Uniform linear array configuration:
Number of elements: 8
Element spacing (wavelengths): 0.5
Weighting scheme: exponential
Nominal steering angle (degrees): -30
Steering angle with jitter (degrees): -31.556
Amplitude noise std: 0.05
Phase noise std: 0.05

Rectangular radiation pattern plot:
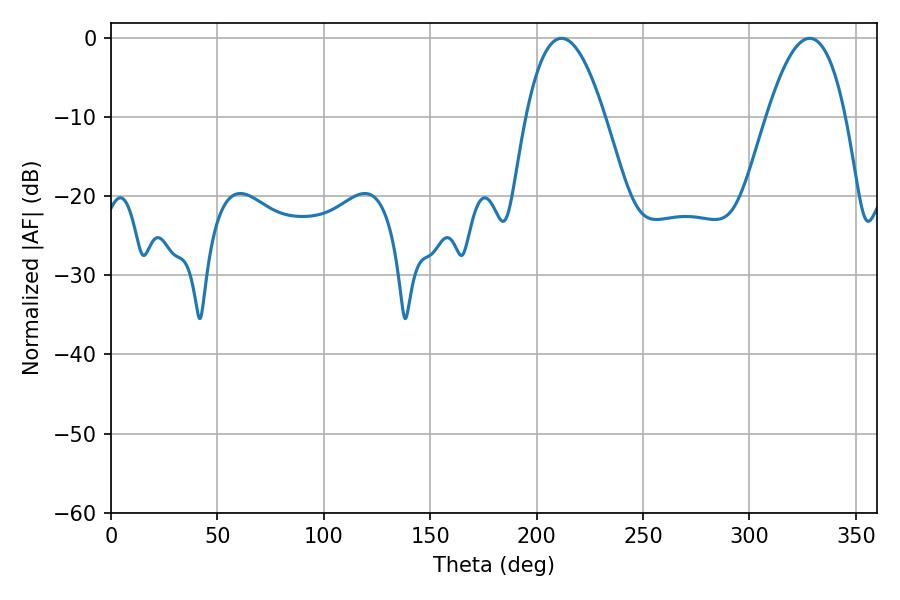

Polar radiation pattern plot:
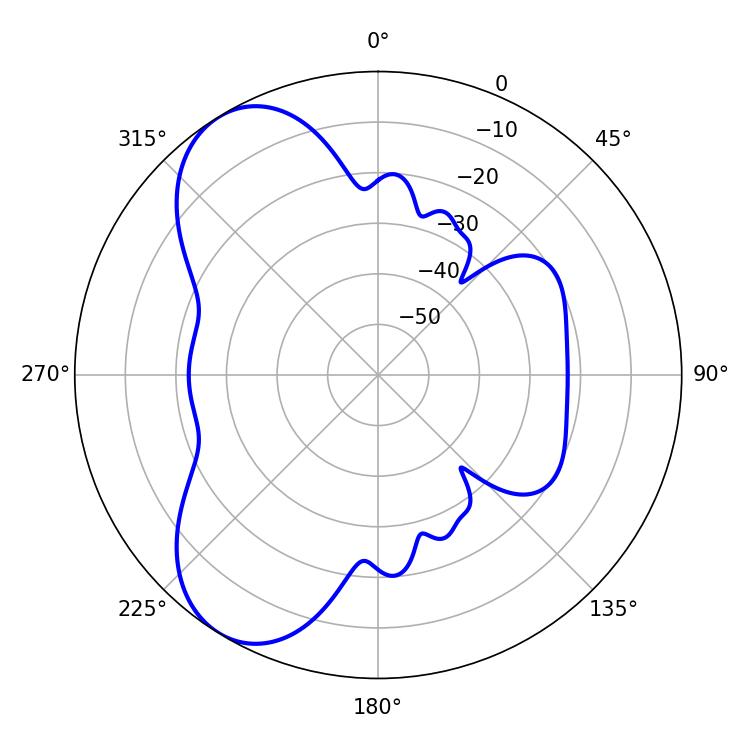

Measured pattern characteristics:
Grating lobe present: FALSE
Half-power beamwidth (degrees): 20.34
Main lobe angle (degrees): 211.68